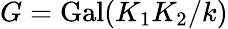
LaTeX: G=\operatorname{Gal}(K_{1}K_{2}/k)